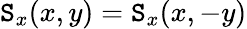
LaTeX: \mathtt{S}_{x}(x,y)=\mathtt{S}_{x}(x,-y)